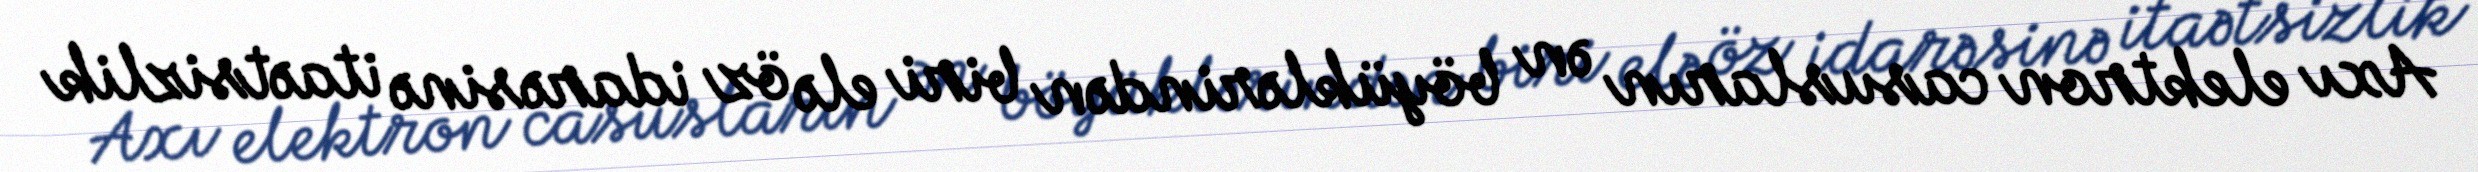
Axı elektron casusların ən böyüklərindən biri elə öz idarəsinə itaətsizlik